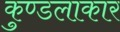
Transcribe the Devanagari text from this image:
कुण्डलाकार